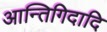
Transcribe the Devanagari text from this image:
आन्तिगिदादि